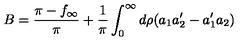
B = \frac { \pi - f _ { \infty } } { \pi } + \frac { 1 } { \pi } \int _ { 0 } ^ { \infty } d \rho ( a _ { 1 } a _ { 2 } ^ { \prime } - a _ { 1 } ^ { \prime } a _ { 2 } )